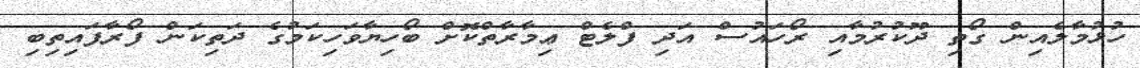
ހުޅުމާލެއިން ގޯތި ދޫކުރުމާއި ރޯހައުސް އަދި ފްލެޓް ޢިމާރާތްކޮށް ބޯހިޔާވަހިކަމުގެ ދަތިކަން ފޯރާފައިތިބި